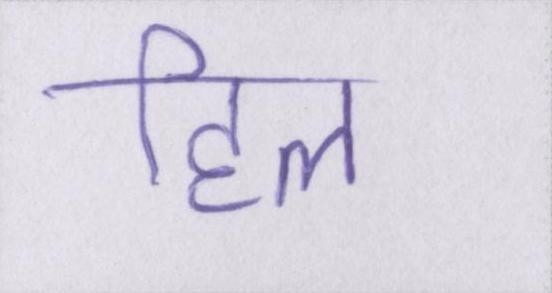
हिल